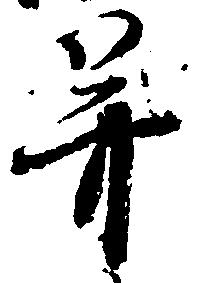
并